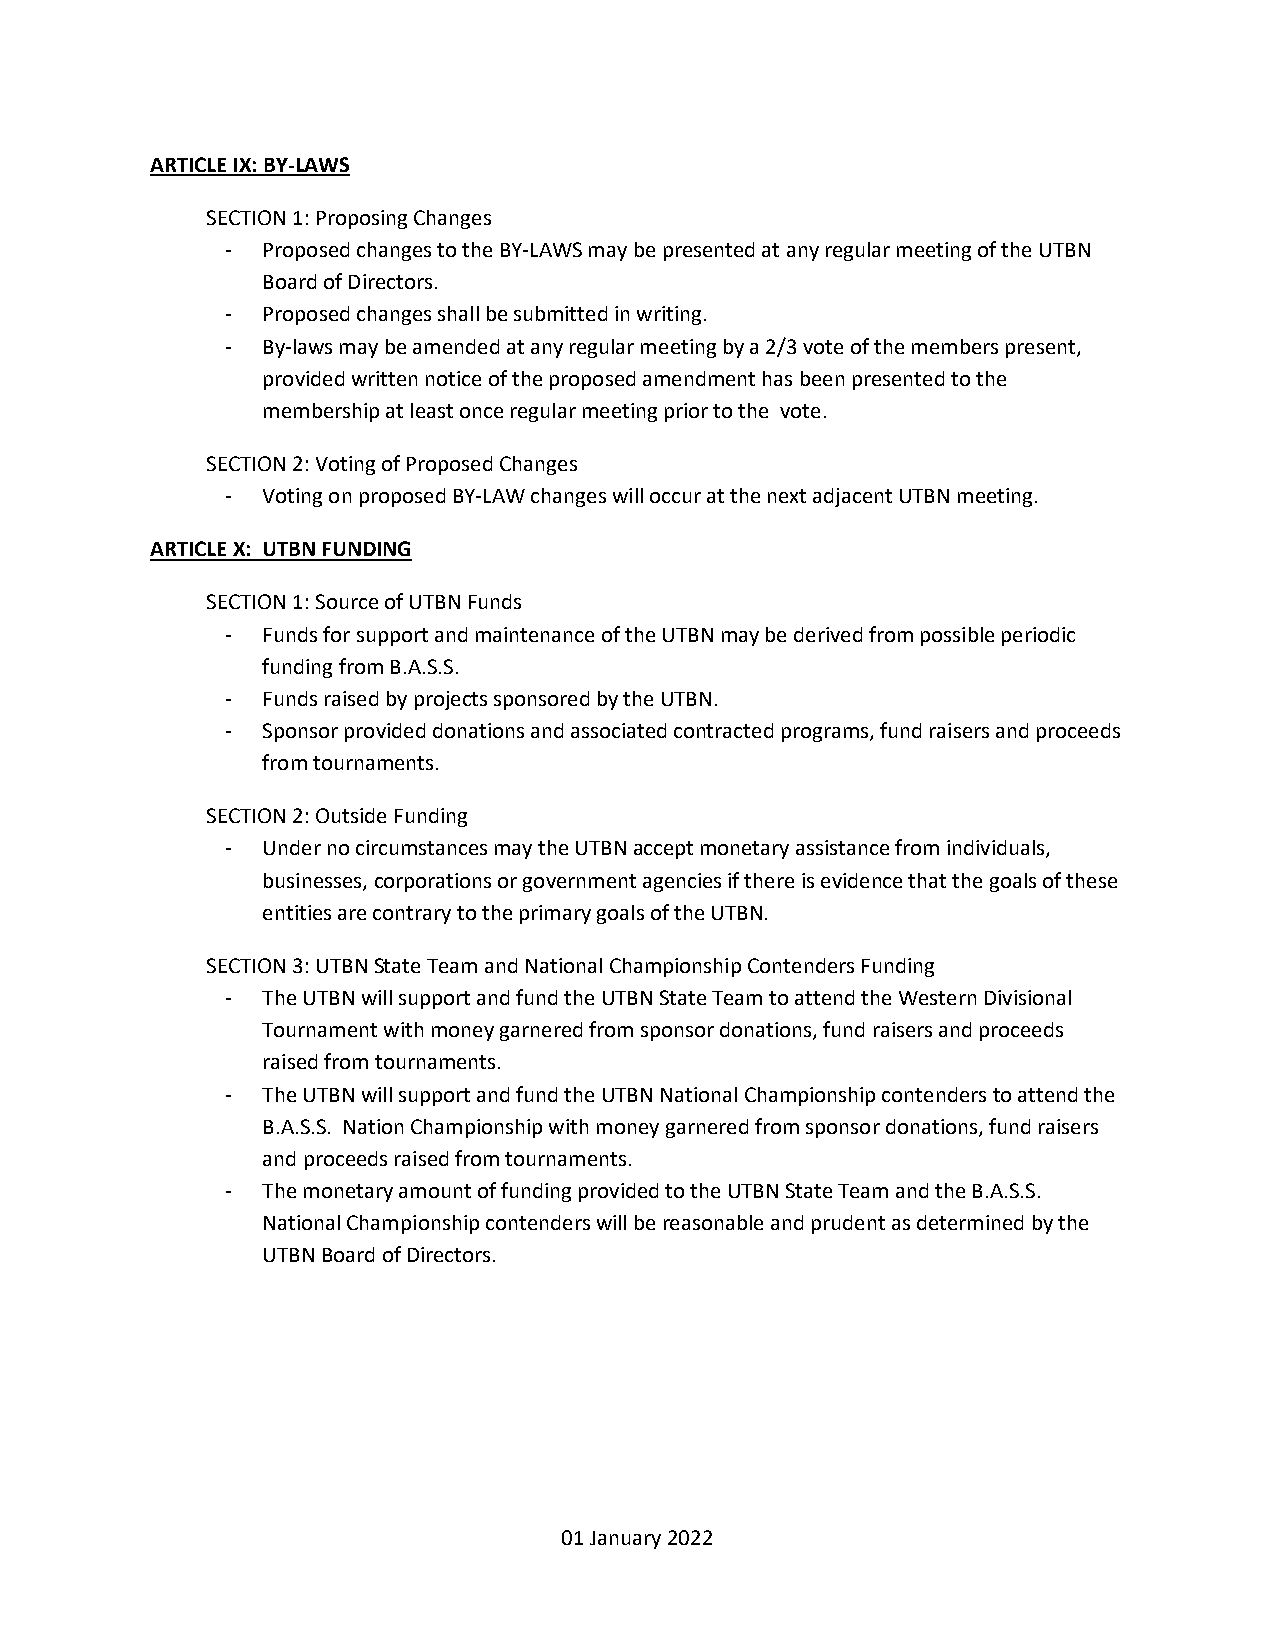
ARTICLE IX: BY-LAWS
 SECTION 1: Proposing Changes
 - Proposed changes to the BY-LAWS may be presented at any regular meeting of the UTBN
 Board of Directors.
 - Proposed changes shall be submitted in writing.
 - By-laws may be amended at any regular meeting by a 2/3 vote of the members present,
 provided written notice of the proposed amendment has been presented to the
 membership at least once regular meeting prior to the vote.
 SECTION 2: Voting of Proposed Changes
 - Voting on proposed BY-LAW changes will occur at the next adjacent UTBN meeting.
 ARTICLE X: UTBN FUNDING
 SECTION 1: Source of UTBN Funds
 - Funds for support and maintenance of the UTBN may be derived from possible periodic
 funding from B.A.S.S.
 - Funds raised by projects sponsored by the UTBN.
 - Sponsor provided donations and associated contracted programs, fund raisers and proceeds
 from tournaments.
 SECTION 2: Outside Funding
 - Under no circumstances may the UTBN accept monetary assistance from individuals,
 businesses, corporations or government agencies if there is evidence that the goals of these
 entities are contrary to the primary goals of the UTBN.
 SECTION 3: UTBN State Team and National Championship Contenders Funding
 - The UTBN will support and fund the UTBN State Team to attend the Western Divisional
 Tournament with money garnered from sponsor donations, fund raisers and proceeds
 raised from tournaments.
 - The UTBN will support and fund the UTBN National Championship contenders to attend the
 B.A.S.S. Nation Championship with money garnered from sponsor donations, fund raisers
 and proceeds raised from tournaments.
 - The monetary amount of funding provided to the UTBN State Team and the B.A.S.S.
 National Championship contenders will be reasonable and prudent as determined by the
 UTBN Board of Directors.
 01 January 2022